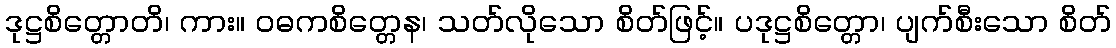
ဒုဋ္ဌစိတ္တောတိ၊ ကား။ ဝဓကစိတ္တေန၊ သတ်လိုသော စိတ်ဖြင့်။ ပဒုဋ္ဌစိတ္တော၊ ပျက်စီးသော စိတ်